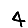
Digit: 4